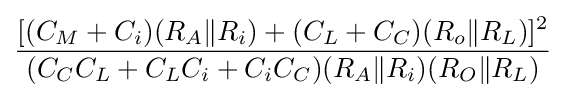
{\frac {[(C_{M}+C_{i})(R_{A}\|R_{i})+(C_{L}+C_{C})(R_{o}\|R_{L})]^{2}}{(C_{C}C_{L}+C_{L}C_{i}+C_{i}C_{C})(R_{A}\|R_{i})(R_{O}\|R_{L})}}\,\!